Investigations on Bengal jail dietaries - Number 37
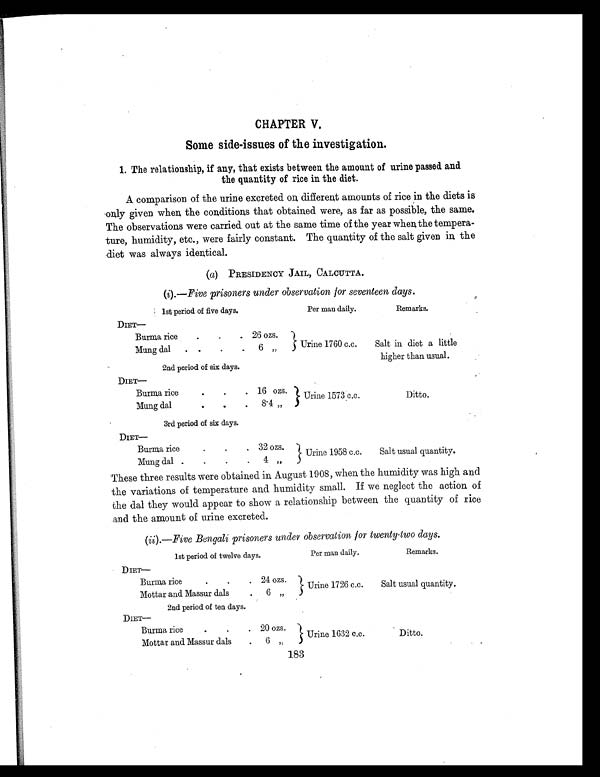
CHAPTER V.
Some side-issues of the investigation.
1. The relationship, if any, that exists between the amount of urine passed and
the quantity of rice in the diet.
A comparison of the urine excreted on different amounts of rice in the diets is
only given when the conditions that obtained were, as far as possible, the same.
The observations were carried out at the same time of the year when, the tempera-
ture, humidity, etc., were fairly constant. The quantity of the salt given in the
diet was always identical.
(a) PRESIDENCY JAIL, CALCUTTA.
(i).—Five prisoners under observation for seventeen days.
1st period of five days.
Per man daily.
Remarks.
D I E T —
Burma rice
.
.
. 26 ozs.
Urine 1760 c.c.
Salt in diet a little
higher than usual.
Mung dal
. .
.
.
6 „
2nd period of six days.
D I E T —
Burma rice
.
.
. 16 ozs.
Urine 1573 c.c.
Ditto.
Mung dal
.
.
.
8.4 „
3rd period of six days.
D I E T —
Burma rice
.
.
. 32 ozs.
Urine 1958 c.c.
Salt usual quantity.
Mung dal .
.
.
.
4 „
These three results were obtained in August 1908, when the humidity was high and
the variations of temperature and humidity small. If we neglect the action of
the dal they would appear to show a relationship between the quantity of rice
and the amount of urine excreted.
(ii ).— Five Bengali prisoners under observation for twenty-two days.
1st period of twelve days.
Per man daily.
Remarks.
D I E T —
Burma rice
.
.
. 24 ozs.
Urine 1726 c.c.
Salt usual quantity.
Mottar and Massur dals
.
6 „
2nd period of ten days.
D I E T —
Burma rice
.
.
. 20 ozs.
Urine 1632 c.c.
Ditto.
Mottar and Massur dals
.
6
„
183